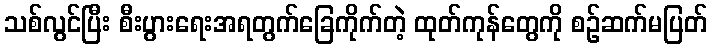
သစ်လွင်ပြီး စီးပွားရေးအရတွက်ခြေကိုက်တဲ့ ထုတ်ကုန်တွေကို စဉ်ဆက်မပြတ်